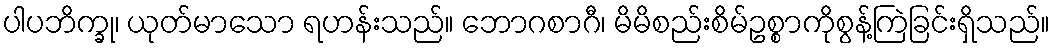
ပါပဘိက္ခု၊ ယုတ်မာသော ရဟန်းသည်။ ဘောဂစာဂီ၊ မိမိစည်းစိမ်ဥစ္စာကိုစွန့်ကြဲခြင်းရှိသည်။